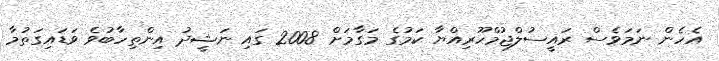
އެހެން ނަމަވެސް ރައީސުލްޖުމްހޫރިއްޔާ ކަމުގެ މަގާމަށް 2008 ގައި ނަޝީދު އިންތިހާބުވެ ވަޑައިގަތުމާ